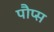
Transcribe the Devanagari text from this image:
पौप्स